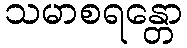
သမာစရန္တော